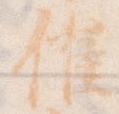
催